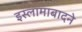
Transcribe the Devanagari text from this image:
इस्लामाबादने